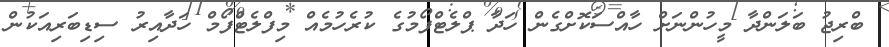
ބްރިޖު ބަލަންދާ މީހުންނަށް ހާއްސަކޮށްގެން ހަދާ ޕްލެޓްފޯމުގެ ކުރެހުމެއް މިފްލެޓްފޯމް ހަދާއިރު ސިޑިބަރިއަކުން